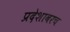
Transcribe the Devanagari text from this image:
प्रदेशावरच